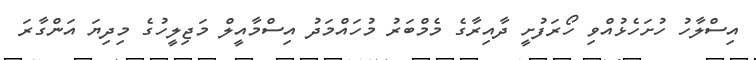
އިސްލާހު ހުށަހެޅުއްވި ހޯރަފުށީ ދާއިރާގެ މެމްބަރު މުހައްމަދު އިސްމާއީލް މަޖިލީހުގެ މިދިޔަ އަންގާރަ